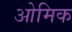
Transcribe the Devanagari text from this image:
ओमिक